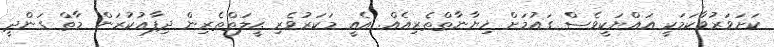
ކަށަވަރުވާކަމަކީ އައްޔަކީވެސް ގައުމަށް ޚިޔާނާތްތެރިއެއް. އެއީ މަކަރުވެރި ޙީލަތްތެރިން ދިފާޢުކުރަން މާތް ގަންދީ